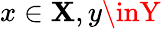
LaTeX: x\in\mathbf{X},y\inY